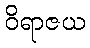
ဝိရာဇယ